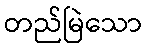
တည်မြဲသော